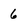
Character: 6